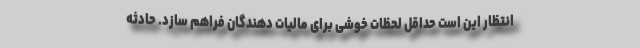
انتظار این است حداقل لحظات خوشی برای مالیات دهندگان فراهم سازد. حادثه